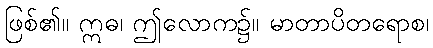
ဖြစ်၏။ ဣဓ၊ ဤလောက၌။ မာတာပိတရောစ၊